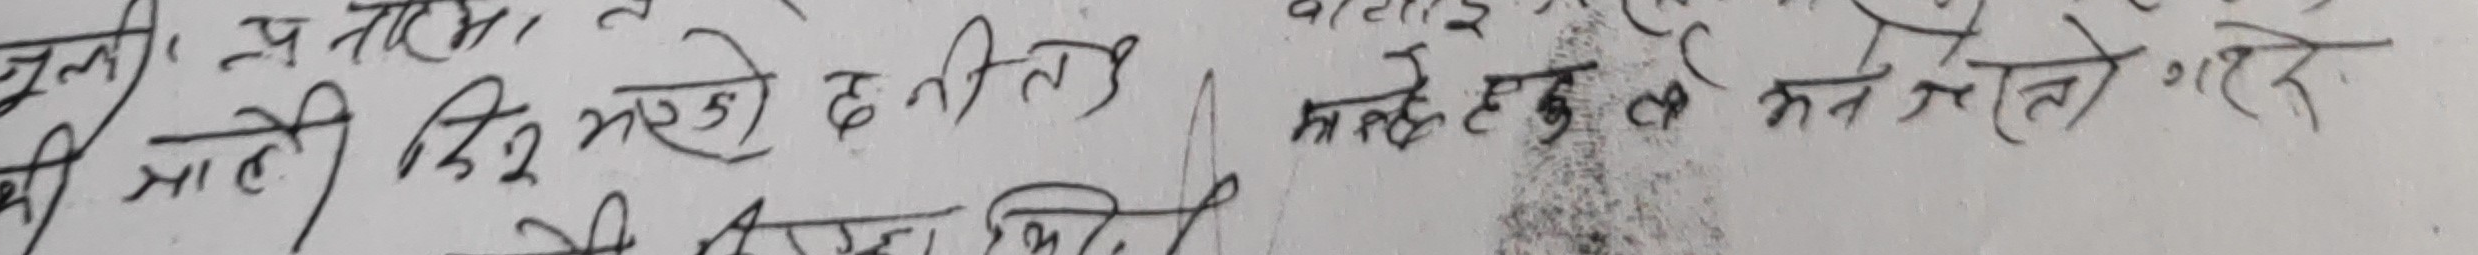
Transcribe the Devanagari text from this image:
चुलकी उ नाच माली किनू भरको छ नीति।
मातेर हुन् मन गलेर।